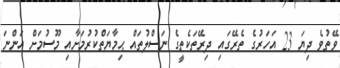
ވޭތުވެ ދިޔަ 23 އަހަރުގެ ތެރޭގައި ދިރޭތަކެތީގެ ނަސްލުތައް ޙިމާޔަތްކުރުމަށާއި މޫސުމަށް އަންނަ